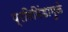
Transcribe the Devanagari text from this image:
प्रतिपिंडामुळे